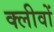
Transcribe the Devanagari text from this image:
क्लीवों